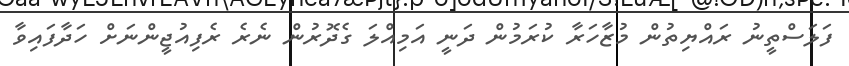
ފަލަސްތީނު ރައްޔިތުން މުޒާހަރާ ކުރަމުން ދަނީ އަމިއްލަ ގެދޮރުން ނެރެ ރެފިއުޖީންނަށް ހަދާފައިވާ